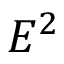
E ^ { 2 }